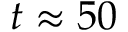
t \approx 5 0